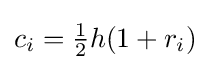
{\textstyle c_{i}={\frac {1}{2}}h(1+r_{i})}